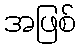
အဖြစ်